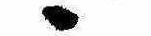
ゝ